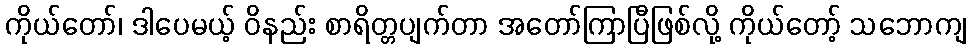
ကိုယ်တော်၊ ဒါပေမယ့် ဝိနည်း စာရိတ္တပျက်တာ အတော်ကြာပြီဖြစ်လို့ ကိုယ်တော့် သဘောကျ